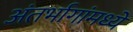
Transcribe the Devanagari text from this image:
अंतर्भागांमध्ये